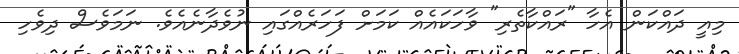
މިއީ ދައްކަން އެހާ "ރައްކާތެރި" ވާހަކައެއް ކަމަށް ފަހަރެއްގައި ނުވެދާނެއެވެ. ނަމަވެސް ދިވެހި